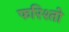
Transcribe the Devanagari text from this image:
फरिश्तो